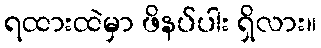
ရထားထဲမှာ ဖိနပ်ပါး ရှိလား။